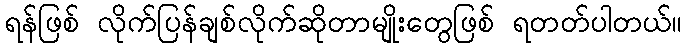
ရန်ဖြစ် လိုက်ပြန်ချစ်လိုက်ဆိုတာမျိုးတွေဖြစ် ရတတ်ပါတယ်။